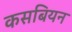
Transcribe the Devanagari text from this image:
कसबियन